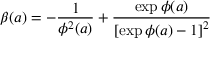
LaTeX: \beta ( a ) = - \frac { 1 } { \phi ^ { 2 } ( a ) } + \frac { \exp { \phi ( a ) } } { \left[ \exp { \phi ( a ) } - 1 \right] ^ { 2 } }